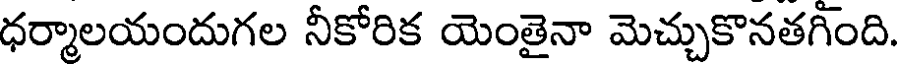
ధర్మాలయందుగల నీకోరిక యెంతైనా మెచ్చుకొనతగింది.